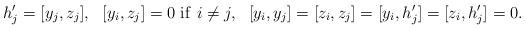
LaTeX: \begin{align*}h_j'=[y_j,z_j],\ \ [y_i,z_j]=0\ \mathrm{if}\ i\neq j,\ \ [y_i,y_j]=[z_i,z_j]=[y_i,h_j']=[z_i,h_j']=0.\end{align*}